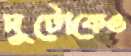
দুটোকেও